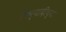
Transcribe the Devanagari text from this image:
फिर्यादीच्या